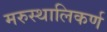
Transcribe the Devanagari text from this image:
मरुस्थालिकर्ण